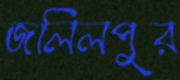
জলিলপুর